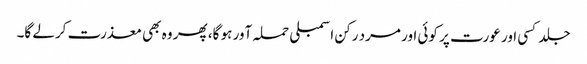
جلد کسی اور عورت پر کوئی اور مرد رکن اسمبلی حملہ آور ہو گا، پھر وہ بھی معذرت کرلے گا۔